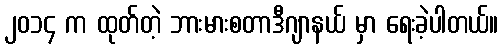
၂၀၁၄ က ထုတ်တဲ့ ဘားမားစတာဒီဂျာနယ် မှာ ရေးခဲ့ပါတယ်။